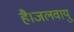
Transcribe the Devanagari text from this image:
है।जलवायु